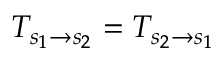
T _ { s _ { 1 } \rightarrow s _ { 2 } } = T _ { s _ { 2 } \rightarrow s _ { 1 } }